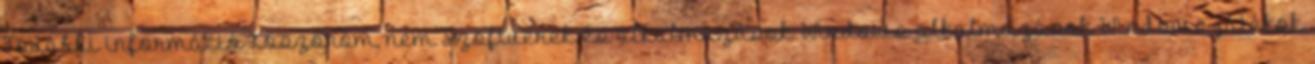
További információ Köszönöm, nem Szoftverek és alkalmazások Windows-alkalmazások Windows-játékok